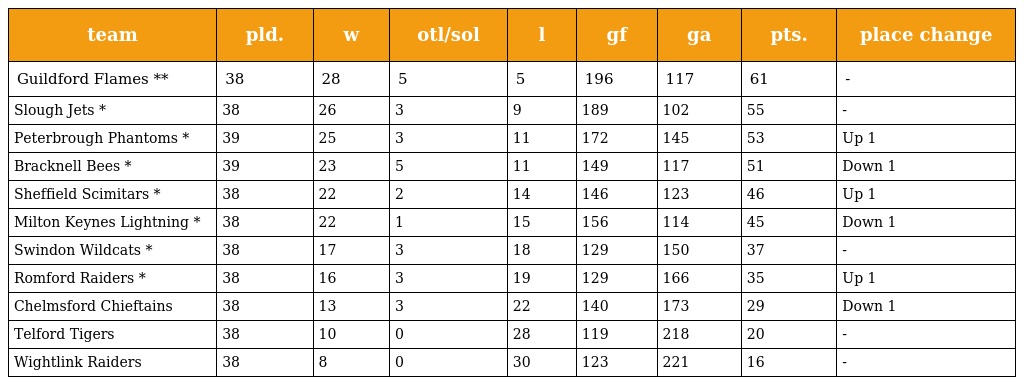
| team | pld. | w | otl/sol | l | gf | ga | pts. | place change |
 | --- | --- | --- | --- | --- | --- | --- | --- | --- |
 | Guildford Flames ** | 38 | 28 | 5 | 5 | 196 | 117 | 61 | - |
 | Slough Jets * | 38 | 26 | 3 | 9 | 189 | 102 | 55 | - |
 | Peterbrough Phantoms * | 39 | 25 | 3 | 11 | 172 | 145 | 53 | Up 1 |
 | Bracknell Bees * | 39 | 23 | 5 | 11 | 149 | 117 | 51 | Down 1 |
 | Sheffield Scimitars * | 38 | 22 | 2 | 14 | 146 | 123 | 46 | Up 1 |
 | Milton Keynes Lightning * | 38 | 22 | 1 | 15 | 156 | 114 | 45 | Down 1 |
 | Swindon Wildcats * | 38 | 17 | 3 | 18 | 129 | 150 | 37 | - |
 | Romford Raiders * | 38 | 16 | 3 | 19 | 129 | 166 | 35 | Up 1 |
 | Chelmsford Chieftains | 38 | 13 | 3 | 22 | 140 | 173 | 29 | Down 1 |
 | Telford Tigers | 38 | 10 | 0 | 28 | 119 | 218 | 20 | - |
 | Wightlink Raiders | 38 | 8 | 0 | 30 | 123 | 221 | 16 | - |